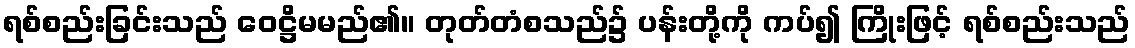
ရစ်စည်းခြင်းသည် ဝေဋ္ဌိမမည်၏။ တုတ်တံစသည်၌ ပန်းတို့ကို ကပ်၍ ကြိုးဖြင့် ရစ်စည်းသည်